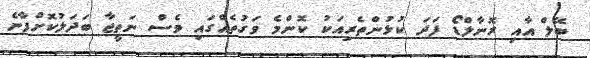
ބޭލް އާއި ރޮނާލްޑޯ ފަދަ ކުޅުންތެރިއަކު ކޮންމެ ވަގުތެއްގައި ވެސް ނަތީޖާ ބަދަލުކޮށްފާނެ